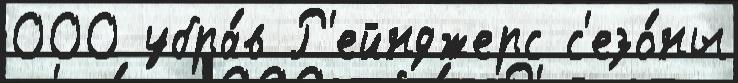
000 убра́в Р'ейнджерс с'езо́ны